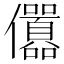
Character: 𠑪